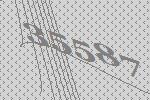
35587